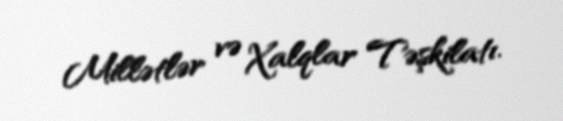
Millətlər və Xalqlar Təşkilatı.